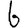
Digit: 6